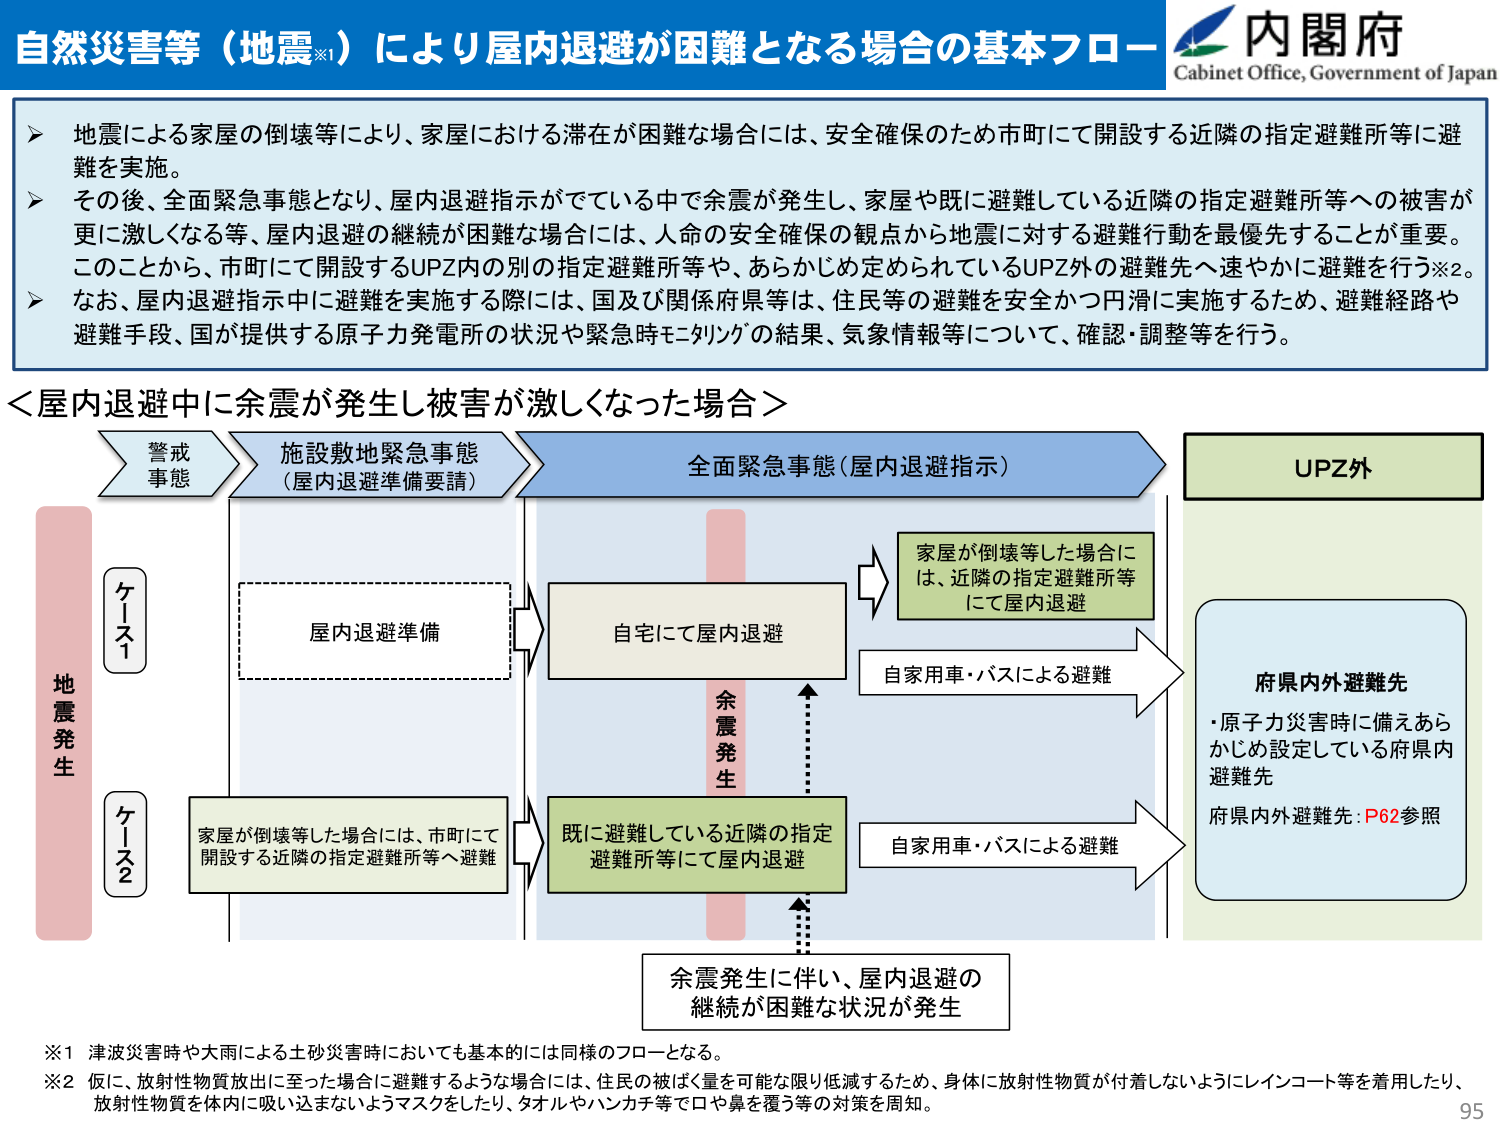
自然災害等（地震※1）により屋内退避が困難となる場合の基本フロー
内閣府
Cabinet Office, Government of Japan

➤ 地震による家屋の倒壊等により、家屋における滞在が困難な場合には、安全確保のため市町にて開設する近隣の指定避難所等に避難を実施。
➤ その後、全面緊急事態となり、屋内退避指示がでている中で余震が発生し、家屋や既に避難している近隣の指定避難所等への被害が更に激しくなる等、屋内退避の継続が困難な場合には、人命の安全確保の観点から地震に対する避難行動を最優先することが重要。このことから、市町にて開設するUPZ内の別の指定避難所等や、あらかじめ定められているUPZ外の避難先へ速やかに避難を行う※2。
➤ なお、屋内退避指示中に避難を実施する際には、国及び関係府県等は、住民等の避難を安全かつ円滑に実施するため、避難経路や避難手段、国が提供する原子力発電所の状況や緊急時モニタリングの結果、気象情報等について、確認・調整等を行う。

＜屋内退避中に余震が発生し被害が激しくなった場合＞

地震発生
ケース1
ケース2

警戒事態
施設敷地緊急事態
（屋内退避準備要請）
全面緊急事態（屋内退避指示）

屋内退避準備
自宅にて屋内退避
家屋が倒壊等した場合には、近隣の指定避難所等にて屋内退避
自家用車・バスによる避難
既に避難している近隣の指定避難所等にて屋内退避
自家用車・バスによる避難
余震発生
余震発生に伴い、屋内退避の継続が困難な状況が発生
UPZ外
府県内外避難先
・原子力災害時に備えあらかじめ設定している府県内避難先
府県内外避難先：P62参照

※1 津波災害時や大雨による土砂災害時においても基本的には同様のフローとなる。
※2 仮に、放射性物質放出に至った場合に避難するような場合には、住民の被ばく量を可能な限り低減するため、身体に放射性物質が付着しないようにレインコート等を着用したり、放射性物質を体内に吸い込まないようマスクをしたり、タオルやハンカチ等で口や鼻を覆う等の対策を周知。

95